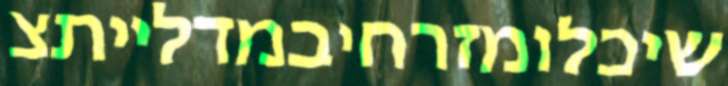
שיכלומזרחיבמדלייתצ